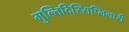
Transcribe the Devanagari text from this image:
मुल्तिदिस्सिप्लिनारी